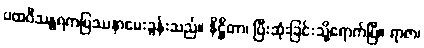
ပထဝီသန္ဓရကပြဿနာမေးခွန်းသည်။ နိဋ္ဌိတာ၊ ပြီးဆုံးခြင်းသို့ရောက်ပြီ။ ရာဇာ၊